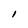
Character: l